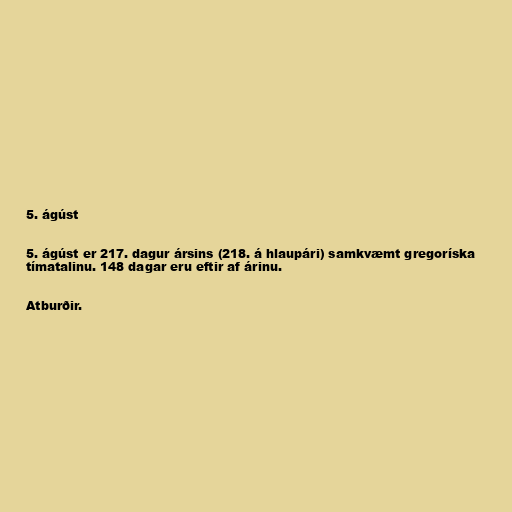
5. ágúst

5. ágúst er 217. dagur ársins (218. á hlaupári) samkvæmt gregoríska
tímatalinu. 148 dagar eru eftir af árinu.

Atburðir.